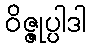
ဝိဇ္ဇုပ္ပါဒါ